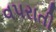
વપરાતી